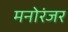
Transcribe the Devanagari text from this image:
मनोरंजर